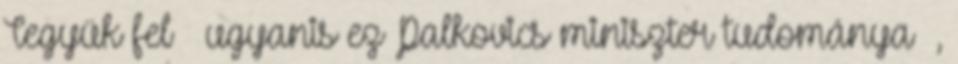
Tegyük fel – ugyanis ez Palkovics miniszter tudománya –,